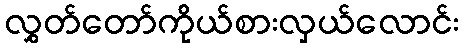
လွှတ်တော်ကိုယ်စားလှယ်လောင်း